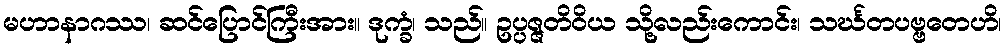
မဟာနာဂဿ၊ ဆင်ပြောင်ကြီးအား။ ဒုက္ခံ၊ သည်။ ဥပ္ပဇ္ဇတိဝိယ သို့လည်းကောင်း၊ သင်္ဃတပဗ္ဗတေဟိ၊